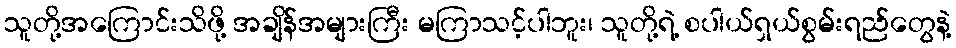
သူတို့အကြောင်းသိဖို့ အချိန်အများကြီး မကြာသင့်ပါဘူး၊ သူတို့ရဲ့ စပါယ်ရှယ်စွမ်းရည်တွေနဲ့